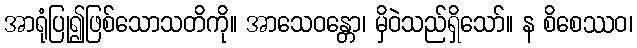
အာရုံပြု၍ဖြစ်သောသတိကို။ အာသေဝန္တော၊ မှိဝဲသည်ရှိသော်။ န စိစေဿဝ၊